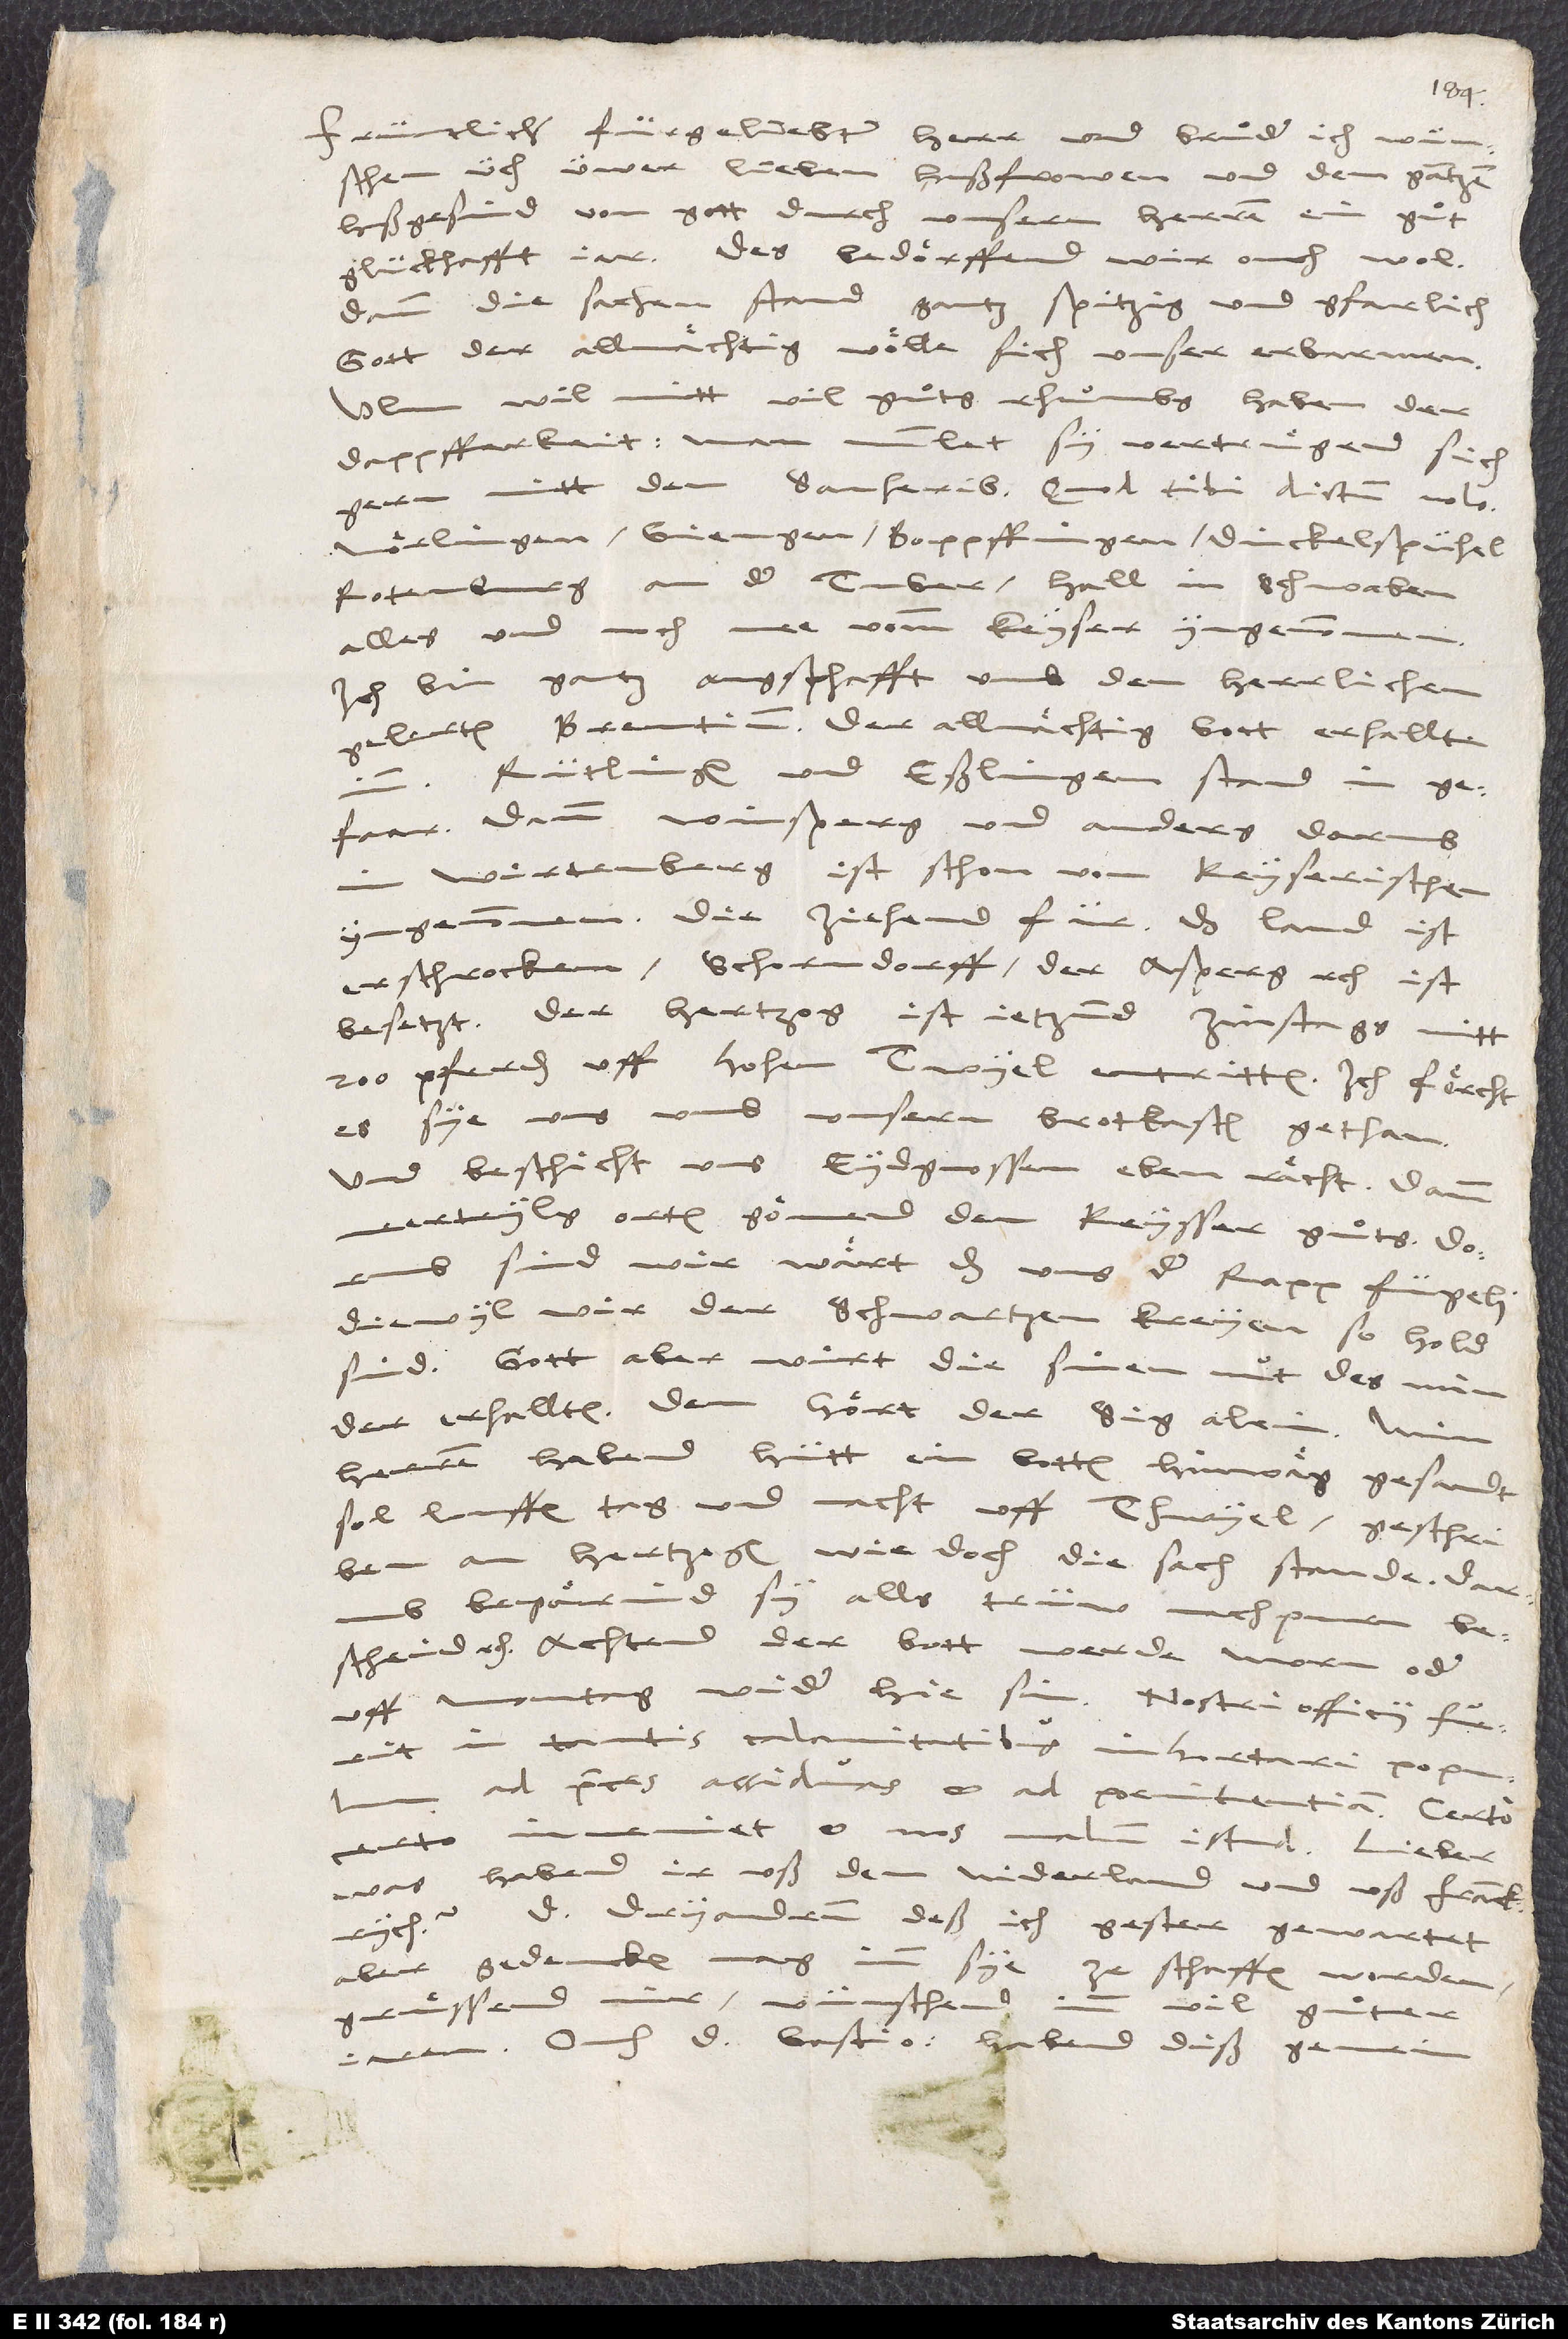
Früntlicher, fürgeliebter herr und bruͦder, ich wünschen
üch, üwer lieben hußfrowen und dem gantzen
hußgesind von gott durch unsern herren ein guͦt
glückhafft jar. Des bedoͤrffend wir ouch wol,
dann die sachen stand gantz spitzig und gfarlich.
Gott der allmaͤchtig woͤlle sich unser erbarmen.
Ulm wil nitt vil guͦts rhuͦmbs haben der
dappfferkeit. Man mumlet, sy vertruͤgend sich
Noͤrlingen, Giengen, Boppffingen, Dinckelspühel,
Rotenburg an der Tuber, Hall in Schwaben,
alles und noch mee vomm keyser yngenommen!
Ich bin gantz angsthafft umb den herrlichen
gelerten Brentium. Der allmaͤchtig gott erhallte
Rütlingen und Eßlingen stand in
gfaar, dann Winsperg und anders darumb
in Wirtemberg ist schon von keyserischen
yngenommen. Die ziehend für. Das land ist
erschrocken. Schorndorff, der Asperg, etc., ist
besetzt. Der hertzog ist jetzund zinstags mitt
200 pferden uff HohenTwyel entritten. Ich foͤrcht,
es sye uns umb unsern brotkasten gethan!
Und beschicht uns eydgnossen eben raͤcht, dann
meerteyls orten goͤnend dem keysser guͦts. Dorumb
sind wir waͤrt, das uns der rapp fügeli,
diewyl wir der schwartzen kreyen so hold
sind. Gott aber wirt die sinen nut des minder
erhallten. Dem hoͤrt der sig alein.
herren habend hütt ein botten hinwaͤg gesandt.
Sol louffen tag und nacht uff Thwyel. Geschriben
an hertzogen, wie doch die sach stande; darumb
begaͤrind sy alls trüw nachpuren
bescheid, etc. Achtend, der bott werde morn oder
in tantis calamitatibus inhortari populum
ad preces assiduas et ad poenitentiam. Certo,
inveniet et nos malum istud!
certo
was habend ir uß dem Niderland und uß Franckrych?
D. Dryandrum, deß ich gester gewartet
(aber gedencken mag, imm sye ze schaffen worden),
gruͤssend mir. Wünschend
vil guͦter
jaren, ouch d. Gastio. Habend diß gemein